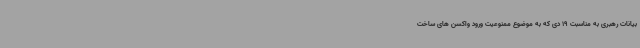
بیانات رهبری به مناسبت 19 دی که به موضوع ممنوعیت ورود واکسن های ساخت